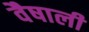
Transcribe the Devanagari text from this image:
वैषाली